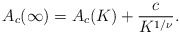
\begin{align*}A_c (\infty ) = A_c (K) + \frac{c}{K^{1/\nu}}.\end{align*}